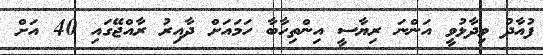
ފުއާދު ވިދާޅުވީ އަންނަ ރިޔާސީ އިންތިހާބާ ހަމައަށް ދާއިރު ރާއްޖޭގައި 40 އަށް